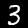
Label: 3